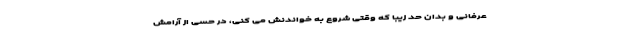
عرفانی و بدان حد زیبا که وقتی شروع به خواندنش می کنی، در حسی از آرامش